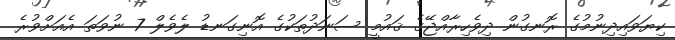
ކިޔަވައިދިނުމުގެ ރޮނގުން ދިވެހިރާއްޖޭގެ ޤައުމީ ސަނަދުތަކުގެ އޮނިގަނޑު ލެވެލް 7 ނުވަތަ އެއަށްވުރެ